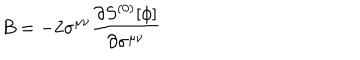
B = - 2 \sigma ^ { \mu \nu } { \frac { \partial S ^ { ( 0 ) } [ \phi ] } { \partial \sigma ^ { \mu \nu } } }